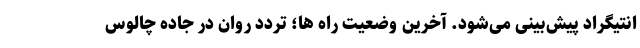
انتیگراد پیش‌بینی می‌شود. آخرین وضعیت راه ها؛ تردد روان در جاده چالوس